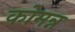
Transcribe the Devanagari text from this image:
कोमन्न